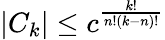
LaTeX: |C_{k}|\leq c^{\frac{k!}{n!(k-n)!}}